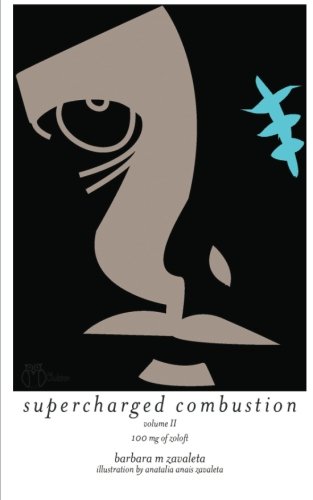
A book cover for Supercharged Combustion Volume II: 100 mg of Zoloft (Volume 2); Barbara M Zavaleta; Romance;